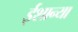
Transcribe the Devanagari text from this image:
ईशान्या